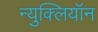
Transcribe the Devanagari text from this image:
न्युक्लियॉन